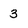
Character: 3